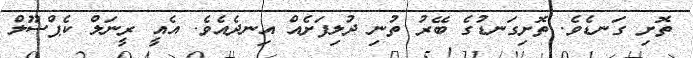
ތޮށި ގަނޑެވެ. ތޮށިގަނޑުގެ ބޭރު ތުނި ދުލިފަށެއް އިނދެއެވެ. އެއީ ރީނަލް ކެޕްސޫލް